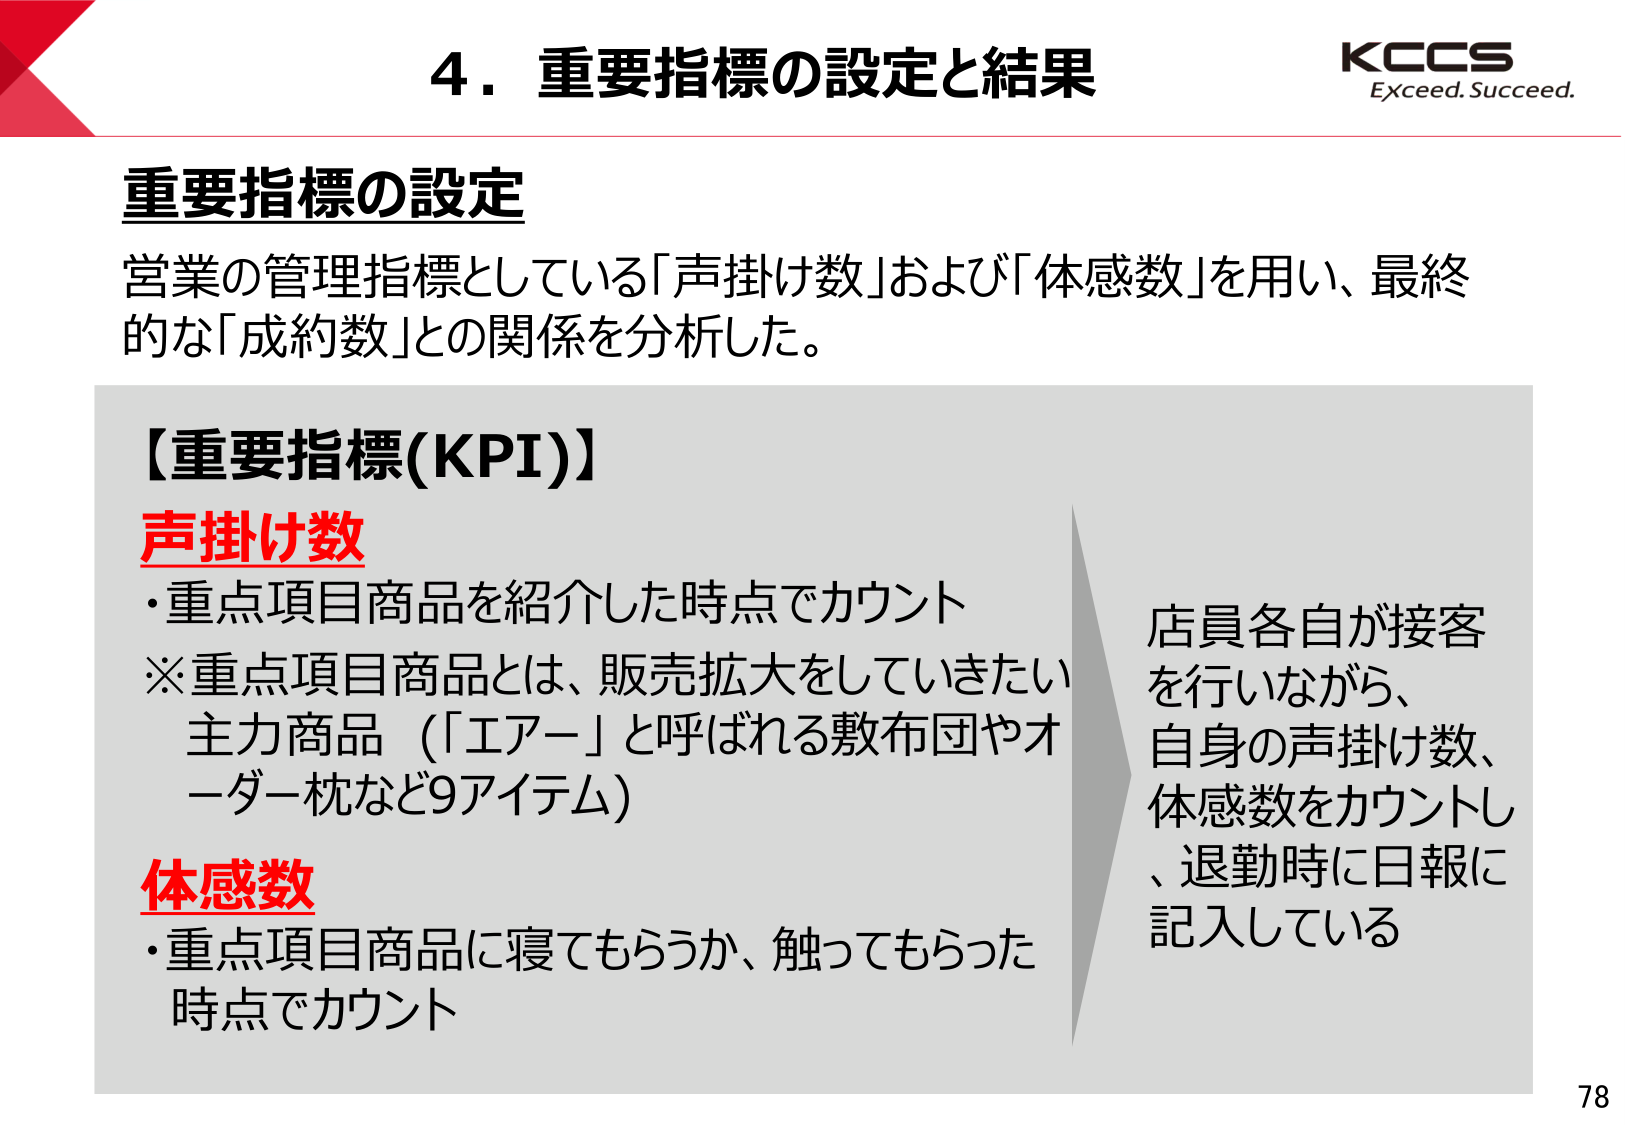
4．重要指標の設定と結果
KCCS
Exceed. Succeed.

重要指標の設定
営業の管理指標としている「声掛け数」および「体感数」を用い、最終的な「成約数」との関係を分析した。

【重要指標(KPI)】
声掛け数
・重点項目商品を紹介した時点でカウント
※重点項目商品とは、販売拡大をしていきたい主力商品（「エアー」と呼ばれる敷布団やオーダー枕など9アイテム）

体感数
・重点項目商品に寝てもらうか、触ってもらった時点でカウント

店員各自が接客を行いながら、自身の声掛け数、体感数をカウントし、退勤時に日報に記入している

78